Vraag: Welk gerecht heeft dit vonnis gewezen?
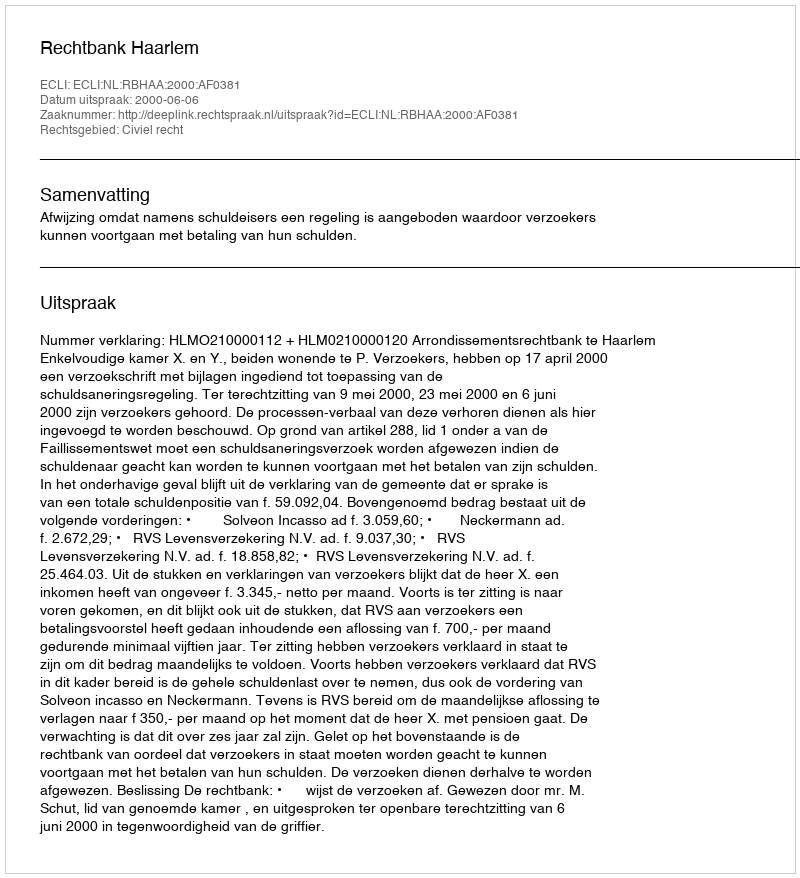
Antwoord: Rechtbank Haarlem